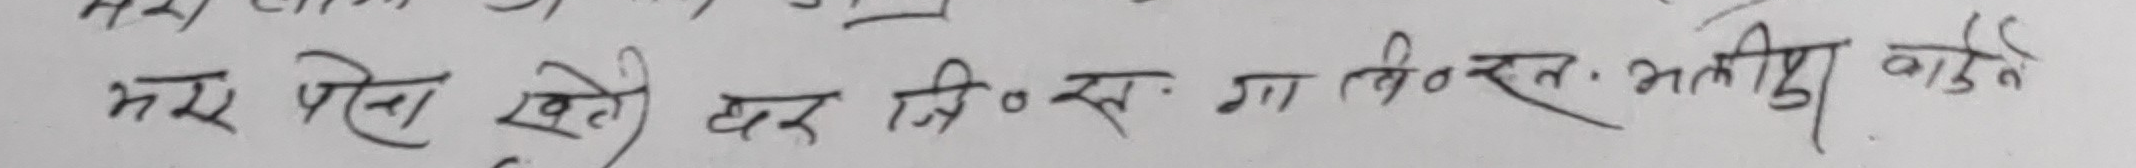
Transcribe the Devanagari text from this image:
भरे पोते खेती हर जि. स. गालोरन भनीयु वाढते